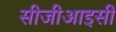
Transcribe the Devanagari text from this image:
सीजीआइसी